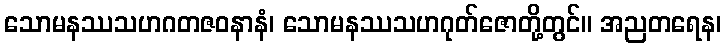
သောမနဿသဟဂတဇဝနာနံ၊ သောမနဿသဟဂုတ်ဇောတို့တွင်။ အညတရေန၊